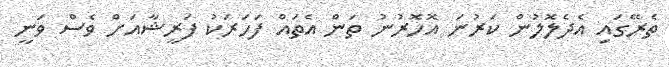
ތެރޭގައި އެދެލޮލުން ކަރުނަ އޮހޮރުނު ތަން އެތައް ފަހަރަކު ފަރީޝާއަށް ވެސް ވަނީ